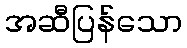
အဆီပြန်သော